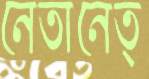
নেতানেত্